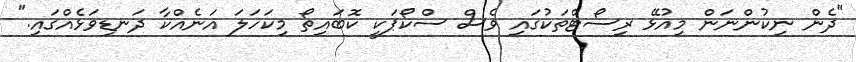
"ދެން ނިކުންނަން މިއުޅޭ ރިސޯޓްތަކުގައި ވެސް ސްކޯޕަކީ ކޮބައިތޯ މިކަހަލަ އަނެއްކާ ދަނޑިވަޅެއްގައި."